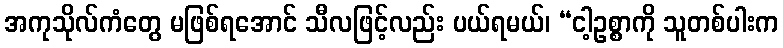
အကုသိုလ်ကံတွေ မဖြစ်ရအောင် သီလဖြင့်လည်း ပယ်ရမယ်၊ “ငါ့ဥစ္စာကို သူတစ်ပါးက